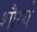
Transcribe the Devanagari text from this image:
शौर्य्य